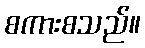
စကားစသည်။